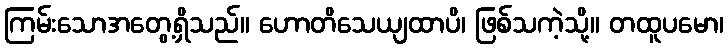
ကြမ်းသောအတွေ့ရှိသည်။ ဟောတိသေယျထာပိ၊ ဖြစ်သကဲ့သို့။ တထူပမော၊